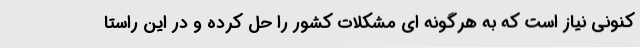
کنونی نیاز است که به هرگونه ای مشکلات کشور را حل کرده و در این راستا